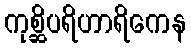
ကုစ္ဆိပရိဟာရိကေန